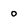
Character: o